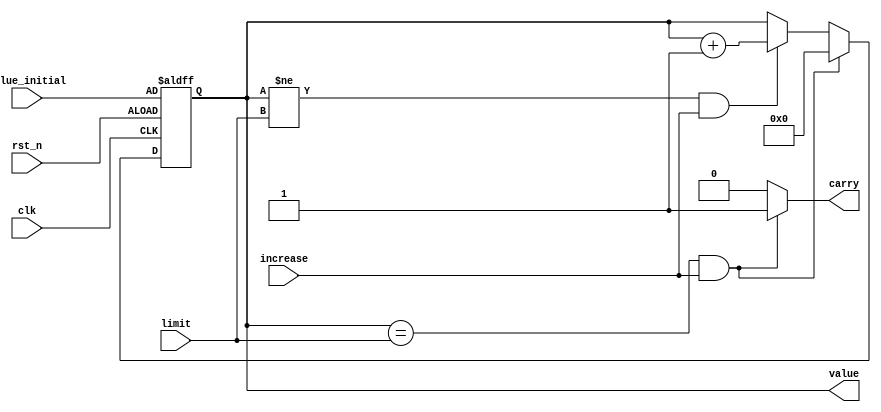
`timescale 1ns / 1ps
//////////////////////////////////////////////////////////////////////////////////
// Company: 
// Engineer: 
// 
// Design Name: 
// Module Name: Up_counter
// Project Name: 
// Target Devices: 
// Tool Versions: 
// Description: 
// 
// Dependencies: 
// 
// Revision:
// Revision 0.01 - File Created
// Additional Comments:
// 
//////////////////////////////////////////////////////////////////////////////////

module Up_counter(
    value,  //counter output
    value_initial,  //value after reset
    carry, //borrow indicator
    clk,    //global clock
    rst_n,  //active low reset
    increase,   //counter enable control
    limit   //limit for the counter
);
output [3:0] value;
output carry;
input [3:0] value_initial;
input [3:0] limit;
input clk, rst_n, increase;
reg [3:0] value, value_tmp;
reg carry;

always @*
    if (value == limit && increase)
    begin
        value_tmp = 4'd0;
        carry = 1;
    end
    else if (value != limit && increase)
    begin
        value_tmp = value + 4'd1;
        carry = 0;
    end
    else
    begin
        value_tmp = value;
        carry = 0;
    end

always @(posedge clk or negedge rst_n)
    if (~rst_n)
        value <= value_initial;
    else
        value <= value_tmp;
 
endmodule